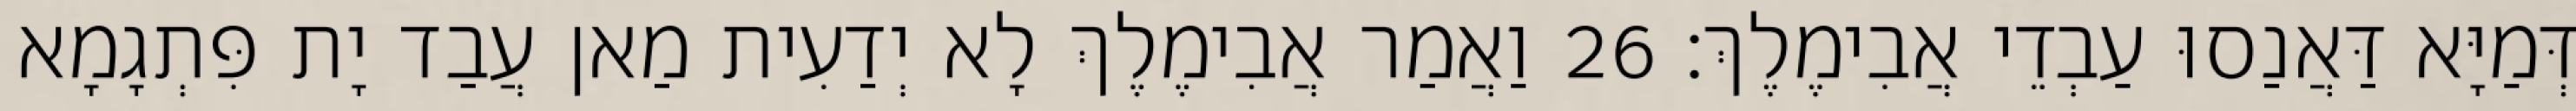
דְּמַיָּא דַּאֲנַסוּ עַבְדֵי אֲבִימֶלֶךְ׃ 26 וַאֲמַר אֲבִימֶלֶךְ לָא יְדַעִית מַאן עֲבַד יָת פִּתְגָמָא